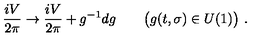
{ \frac { i V } { 2 \pi } } \rightarrow { \frac { i V } { 2 \pi } } + g ^ { - 1 } d g \qquad \big ( g ( t , \sigma ) \in U ( 1 ) \big ) \ .